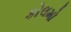
કોલમો